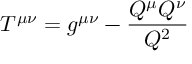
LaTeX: T ^ { \mu \nu } = g ^ { \mu \nu } - \frac { Q ^ { \mu } Q ^ { \nu } } { Q ^ { 2 } }